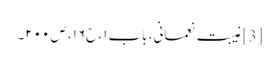
[3] غیبت نعمانی، باب ۱، ح۱۶، ص ۲۰۰۔